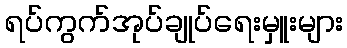
ရပ်ကွက်အုပ်ချုပ်ရေးမှူးများ